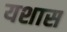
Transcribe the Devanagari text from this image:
यशास